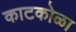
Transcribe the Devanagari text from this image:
काटकोळा